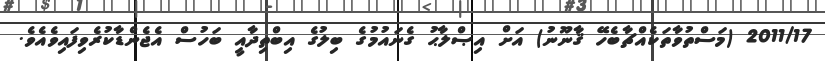
2011/17 (މަސްތުވާތަކެއްޗާބެހޭ ޤާނޫނު) އަށް އިޞްލާޙު ގެނައުމުގެ ބިލުގެ އިބްތިދާއީ ބަހުސް އެޖެންޑާކުރެވިފައިވެއެވެ.